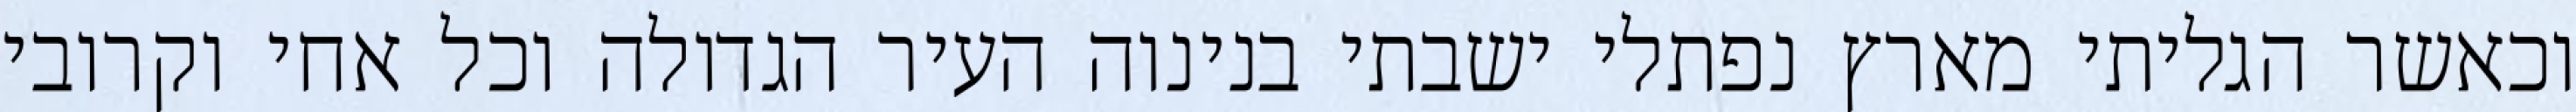
וכאשר הגליתי מארץ נפתלי ישבתי בנינוה העיר הגדולה וכל אחי וקרובי